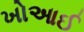
ખોઆઈ